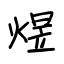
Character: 煜